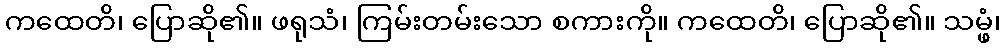
ကထေတိ၊ ပြောဆို၏။ ဖရုသံ၊ ကြမ်းတမ်းသော စကားကို။ ကထေတိ၊ ပြောဆို၏။ သမ္ဖံ၊